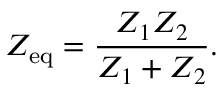
Z _ { \mathrm { e q } } = { \frac { Z _ { 1 } Z _ { 2 } } { Z _ { 1 } + Z _ { 2 } } } .